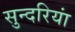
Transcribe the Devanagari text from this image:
सुन्दरियां